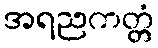
အရညကတ္တံ